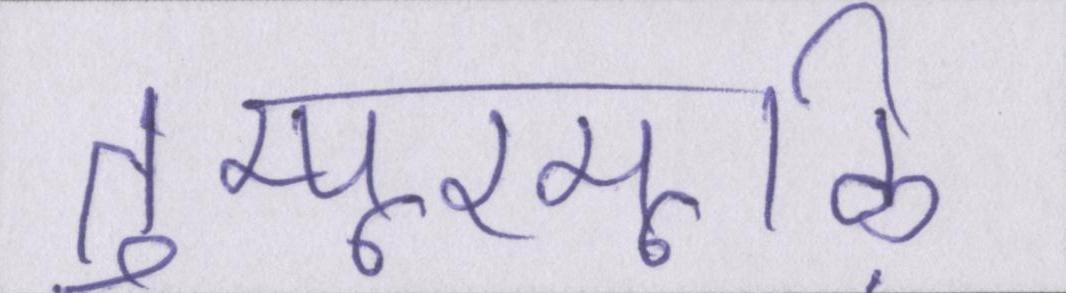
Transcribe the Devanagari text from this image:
तुम्पूरमूऴि